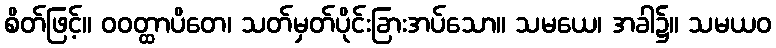
စိတ်ဖြင့်။ ဝဝတ္ထာပိတေ၊ သတ်မှတ်ပိုင်းခြားအပ်သော။ သမယေ၊ အခါ၌။ သမယဝ